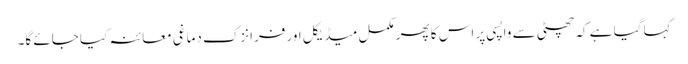
کہا گیا ہے کہ چھٹی سے واپسی پر اس کا پھر مکمل میڈیکل اور فرانزک دماغی معائنہ کیا جائے گا۔